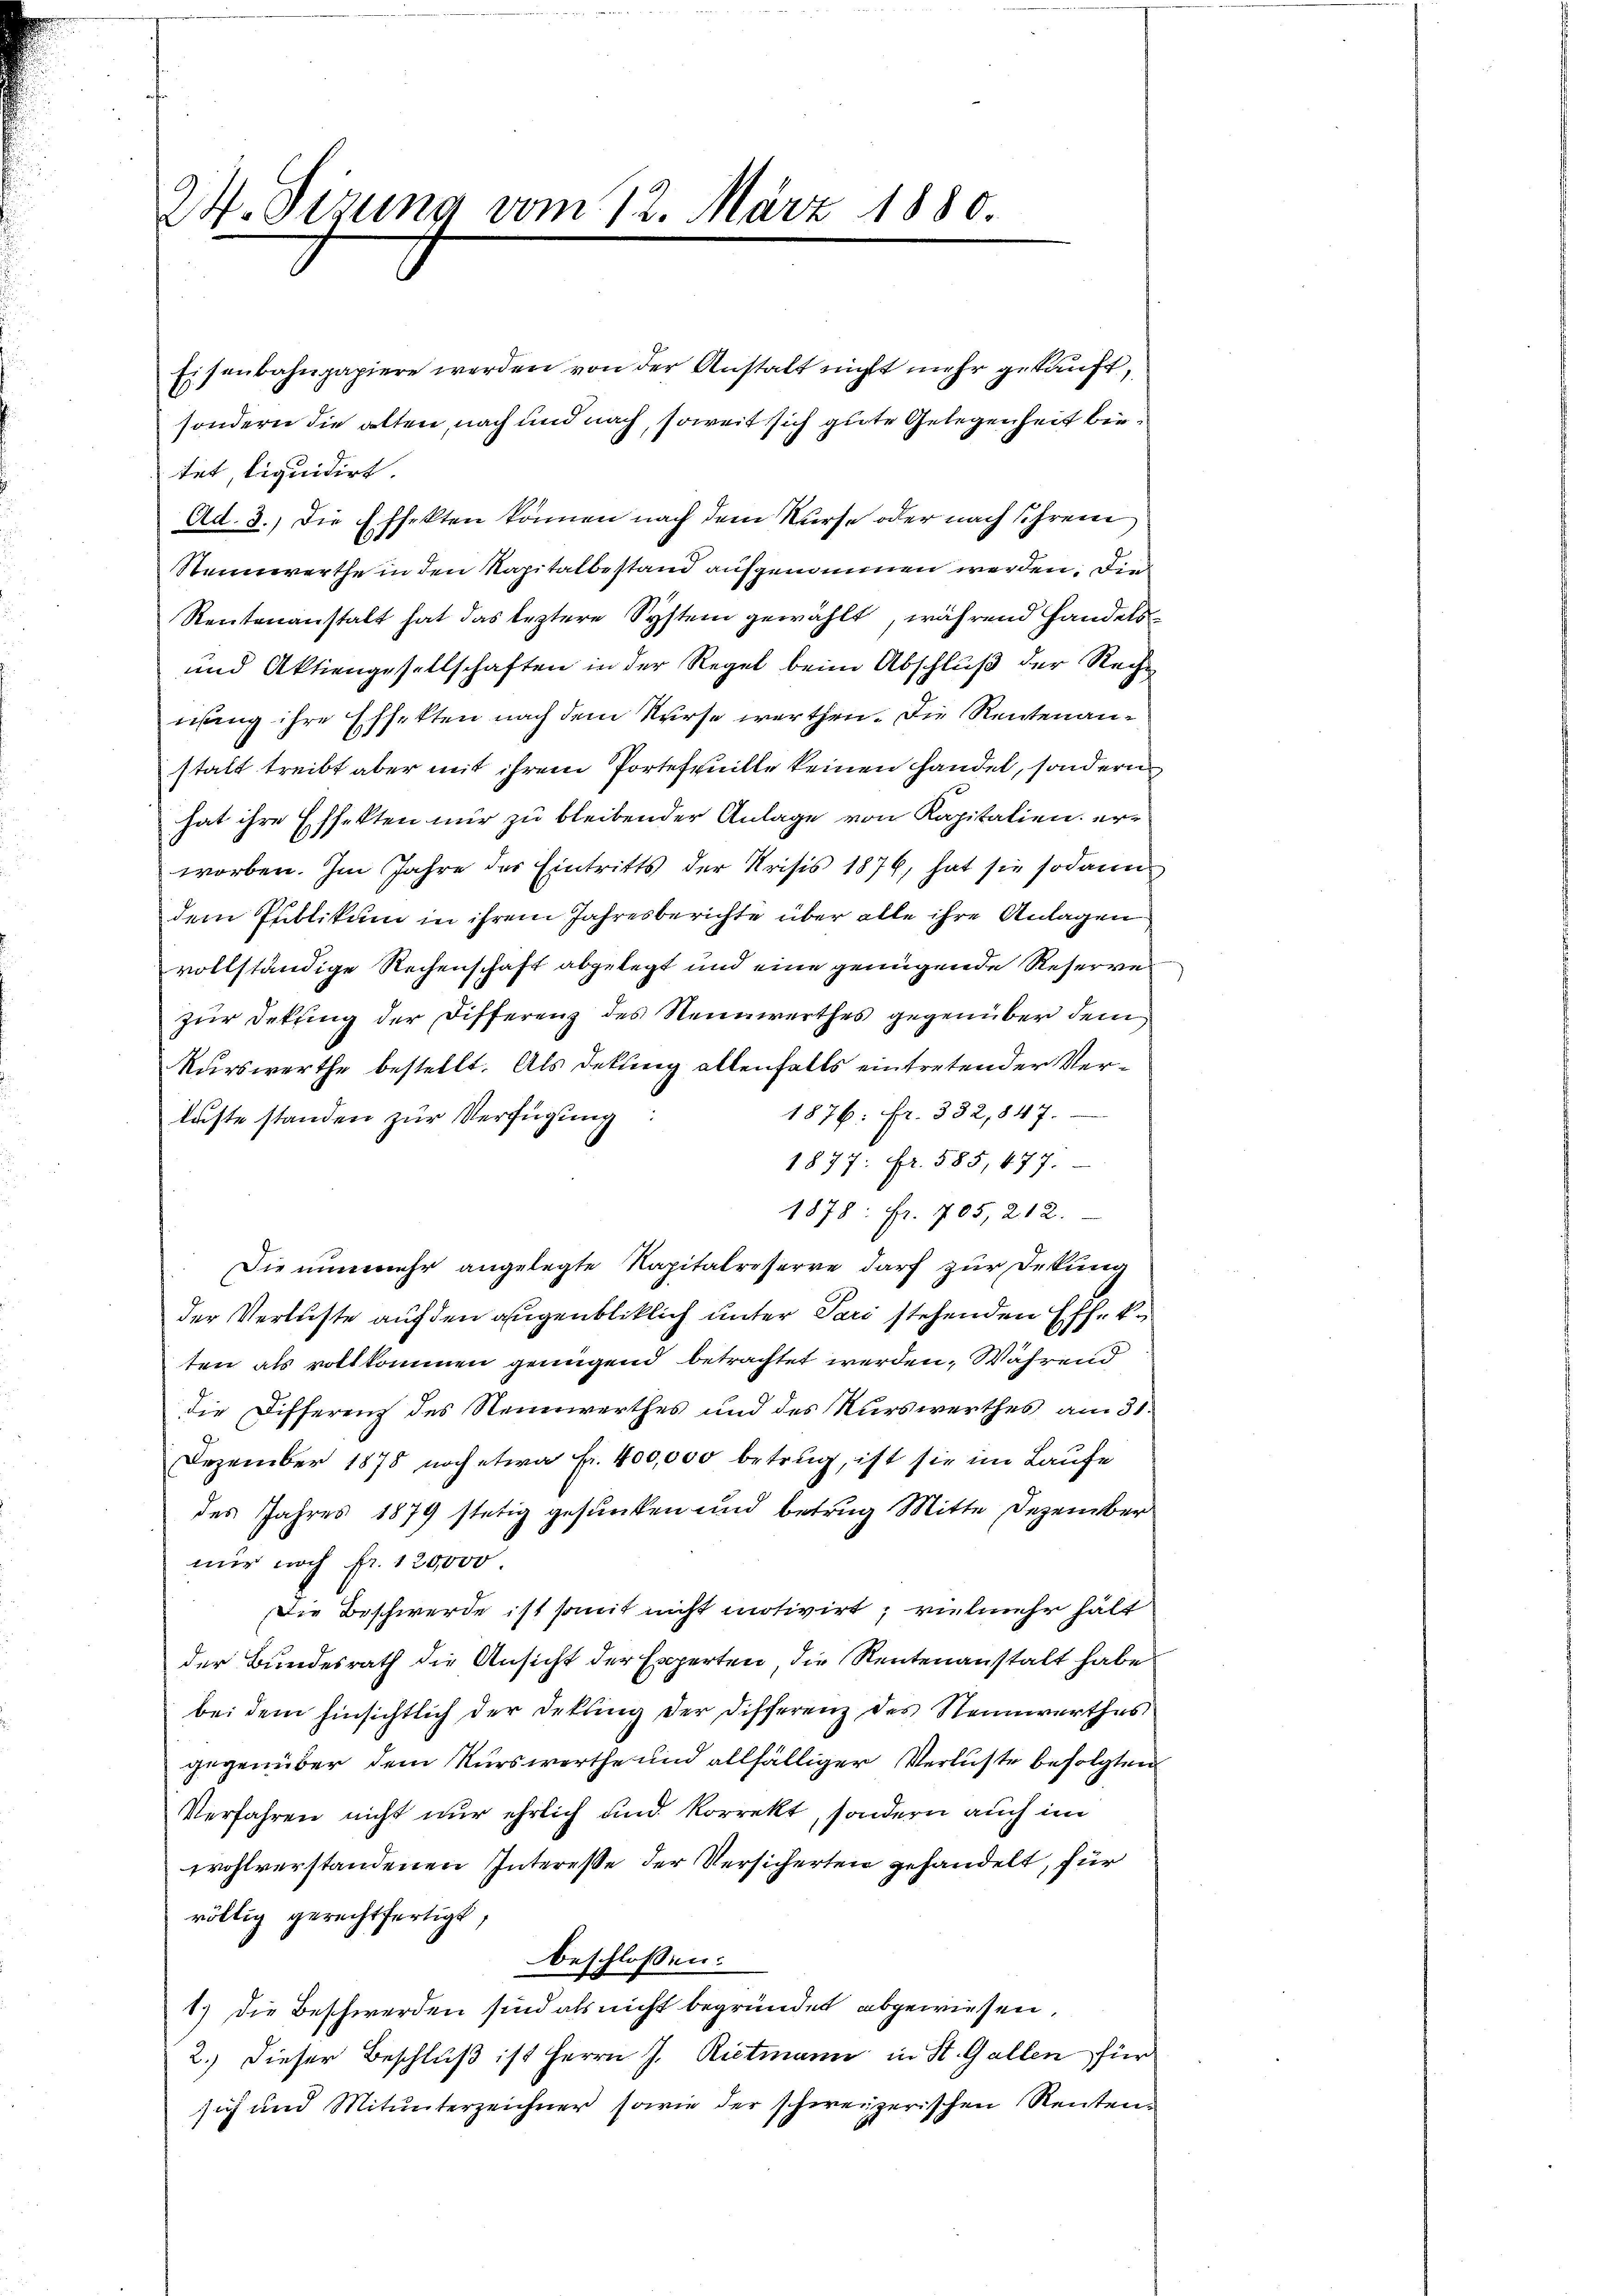
24. Sizung vom 12. März 1880.

Eisenbahnpapiere werden von der Anstalt nicht mehr gekauft,
sondern die alten, nach und nach, soweit sich gute Gelegenheit bietet tiquidirt.
Ad. 3.) Die Effekten können nach dem Kurse oder nach ihrem
Steinwerthe in den Kapitalbestand aufgenommen werden. Die
Rentenanstalt hat das leztere System gewählt, während Handels¬
und Aktiengesellschaften in der Regel beim Abschluß der Recht
nsang ihre Effekten nach dem Kurse werthen. Die Rentenanstalt treibt aber mit ihrem Portefouille keinen handel, sondern
hat ihre Effekten mir zu bleibender Anlage von Kapitalien erworben. Im Jahre der Eintritts der Krisis 1876, hat sie sodann
dem Publikum in ihrem Jahresberichte über alle ihre Anlagen
vollständige Rechenschaft abgelegt und eine genügende Reserve
zur Dekung der Differenz des Nennwerthes gegenüber dem
Kurswerthe bestellt. Als Dekung allenfalls eintretender Ver¬
1876. Fr. 332,847.
laste standen zur Verfügung:
1877: Fr. 585, 477.
1878. fr. 705, 212.
Die nunmehr angelegte Kapitalreserve darf zur Dekung
der Verluste auf den augenbliklich unter Pari stehenden Effek
ten als vollkommen genügend betrachtet werden. Während
die Differenz des Neuerwerthes und des Kurswerthes am 31.
Dezember 1878 noch etwa Fr. 400,000 betrug, ist sie im Laufe
des Jahres 1879 stetig gesunken und betrug Mitte Dezember
mir noch fr. 120,000.
Die Beschwerde ist somit nicht motivirt, vielmehr hält
der Bundesrath die Ansicht der Experten die Rentenanstalt habe
bei dem Einsichtlich der Dekling der Differenz des Steinwerthes
gegenüber dem Kurswerthe und allfälliger Verluste befolgten
Verfahren nicht nur ehrlich und korrekt, sondern auch im
wohlverstandenen Interesse der Versicherten gehandelt, für
röltig gerechtfertigt,
beschlossen:
1.) Die Beschwerden sind als nicht begründet abgewiesen,
2.) Dieser Beschluß ist Herrn J. Rietmann in St. Gallen für
sich und Mitunterzeichner sowie der schweizerischen Renten¬